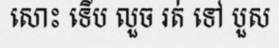
សោះ ទើប លួច រត់ ទៅ បួស